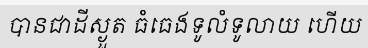
បានជាដីស្ងួត ធំធេងទូលំទូលាយ ហើយ